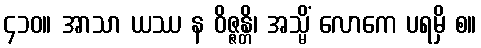
၄၁၀။ အာသာ ယဿ န ဝိဇ္ဇန္တိ၊ အသ္မိံ လောကေ ပရမှိ စ။